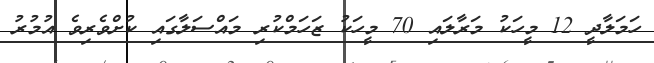
ހަމަލާދީ 12 މީހަކު މަރާލައި 70 މީހަކު ޒަހަމްކުރި މައްސަލާގައި ކުށްވެރިވެ އުމުރު